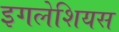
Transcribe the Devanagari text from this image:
इगलेशियस